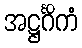
အဋ္ဌင်္ဂိကံ